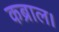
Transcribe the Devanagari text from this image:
कब्राल।